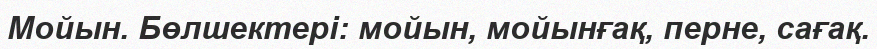
Мойын. Бөлшектері: мойын, мойынғақ, перне, сағақ.